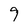
Character: 9